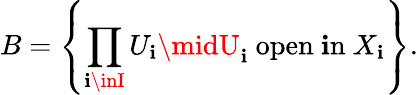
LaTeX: B=\left\{ \prod_{\mathbf{i}\inI}U_{\mathbf{i}}\midU_{\mathbf{i}}{\mathrm{{~open~\mathbf{i}n~}}}X_{\mathbf{i}}\right\} .